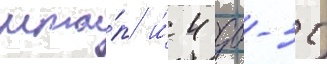
мта́п и́ 4 дб-3т